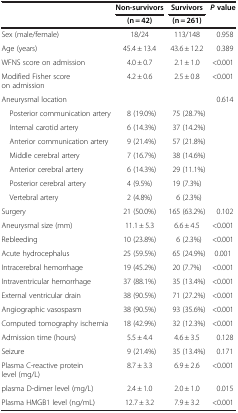
<table><thead><tr><td><b> </b></td><td><b>Non-survivors</b></td><td><b>Survivors</b></td><td><b><i>P</i>value</b></td></tr><tr><td><b> </b></td><td><b>(n = 42)</b></td><td><b>(n = 261)</b></td><td><b> </b></td></tr></thead><tbody><tr><td>Sex (male/female)</td><td>18/24</td><td>113/148</td><td>0.958</td></tr><tr><td>Age (years)</td><td>45.4 ± 13.4</td><td>43.6 ± 12.2</td><td>0.389</td></tr><tr><td>WFNS score on admission</td><td>4.0 ± 0.7</td><td>2.1 ± 1.0</td><td>&lt;0.001</td></tr><tr><td>Modified Fisher score on admission</td><td>4.2 ± 0.6</td><td>2.5 ± 0.8</td><td>&lt;0.001</td></tr><tr><td>Aneurysmal location</td><td> </td><td> </td><td>0.614</td></tr><tr><td> Posterior communication artery</td><td>8 (19.0%)</td><td>75 (28.7%)</td><td> </td></tr><tr><td> Internal carotid artery</td><td>6 (14.3%)</td><td>37 (14.2%)</td><td> </td></tr><tr><td> Anterior communication artery</td><td>9 (21.4%)</td><td>57 (21.8%)</td><td> </td></tr><tr><td> Middle cerebral artery</td><td>7 (16.7%)</td><td>38 (14.6%)</td><td> </td></tr><tr><td> Anterior cerebral artery</td><td>6 (14.3%)</td><td>29 (11.1%)</td><td> </td></tr><tr><td> Posterior cerebral artery</td><td>4 (9.5%)</td><td>19 (7.3%)</td><td> </td></tr><tr><td> Vertebral artery</td><td>2 (4.8%)</td><td>6 (2.3%)</td><td> </td></tr><tr><td>Surgery</td><td>21 (50.0%)</td><td>165 (63.2%)</td><td>0.102</td></tr><tr><td>Aneurysmal size (mm)</td><td>11.1 ± 5.3</td><td>6.6 ± 4.5</td><td>&lt;0.001</td></tr><tr><td>Rebleeding</td><td>10 (23.8%)</td><td>6 (2.3%)</td><td>&lt;0.001</td></tr><tr><td>Acute hydrocephalus</td><td>25 (59.5%)</td><td>65 (24.9%)</td><td>0.001</td></tr><tr><td>Intracerebral hemorrhage</td><td>19 (45.2%)</td><td>20 (7.7%)</td><td>&lt;0.001</td></tr><tr><td>Intraventricular hemorrhage</td><td>37 (88.1%)</td><td>35 (13.4%)</td><td>&lt;0.001</td></tr><tr><td>External ventricular drain</td><td>38 (90.5%)</td><td>71 (27.2%)</td><td>&lt;0.001</td></tr><tr><td>Angiographic vasospasm</td><td>38 (90.5%)</td><td>93 (35.6%)</td><td>&lt;0.001</td></tr><tr><td>Computed tomography ischemia</td><td>18 (42.9%)</td><td>32 (12.3%)</td><td>&lt;0.001</td></tr><tr><td>Admission time (hours)</td><td>5.5 ± 4.4</td><td>4.6 ± 3.5</td><td>0.128</td></tr><tr><td>Seizure</td><td>9 (21.4%)</td><td>35 (13.4%)</td><td>0.171</td></tr><tr><td>Plasma C-reactive protein level (mg/L)</td><td>8.7 ± 3.3</td><td>6.9 ± 2.6</td><td>&lt;0.001</td></tr><tr><td>plasma D-dimer level (mg/L)</td><td>2.4 ± 1.0</td><td>2.0 ± 1.0</td><td>0.015</td></tr><tr><td>Plasma HMGB1 level (ng/mL)</td><td>12.7 ± 3.2</td><td>7.9 ± 3.2</td><td>&lt;0.001</td></tr></tbody></table>